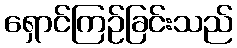
ရှောင်ကြဉ်ခြင်းသည်